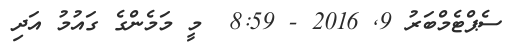
ސެޕްޓެމްބަރު 9